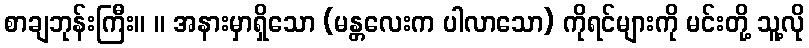
စာချဘုန်းကြီး။ ။ အနားမှာရှိသော (မန္တလေးက ပါလာသော) ကိုရင်များကို မင်းတို့ သူ့လို